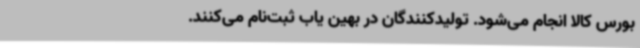
بورس کالا انجام می‌شود. تولیدکنندگان در بهین یاب ثبت‌نام می‌کنند.